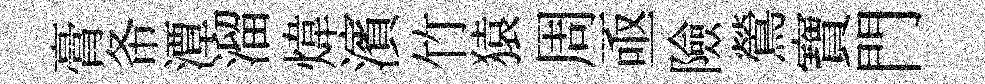
膏𢁙潭溜煒濱竹猿周亟險鶯寶門